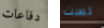
دفاعات لست